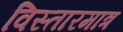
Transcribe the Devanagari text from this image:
विस्तारमात्र